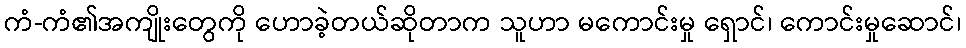
ကံ-ကံ၏အကျိုးတွေကို ဟောခဲ့တယ်ဆိုတာက သူဟာ မကောင်းမှု ရှောင်၊ ကောင်းမှုဆောင်၊